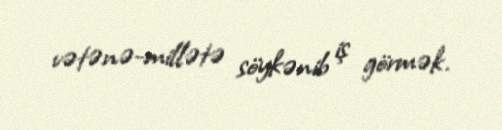
vətənə-millətə söykənib iş görmək.